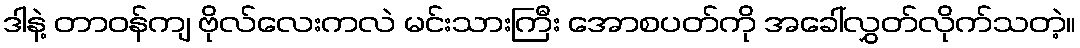
ဒါနဲ့ တာဝန်ကျ ဗိုလ်လေးကလဲ မင်းသားကြီး အောစပတ်ကို အခေါ်လွှတ်လိုက်သတဲ့။